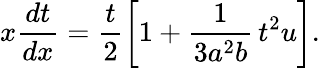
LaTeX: x\frac{dt}{dx}=\frac{t}{2}\left[1+\frac{1}{3a^{2}b}\, t^{2}u\right].